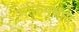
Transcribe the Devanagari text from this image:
भक्तिपंथात